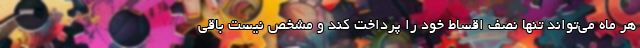
هر ماه می‌تواند تنها نصف اقساط خود را پرداخت کند و مشخص نیست باقی